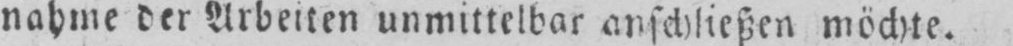
nahme der Arbeiten unmittelbar anschließen möchte.